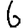
Digit: 6